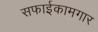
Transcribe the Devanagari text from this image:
सफाईकामगार